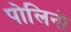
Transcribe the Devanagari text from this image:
पोलिनो